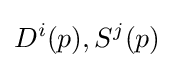
D^{i}(p),S^{j}(p)